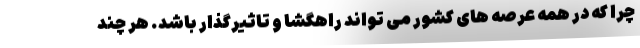
چرا که در همه عرصه های کشور می تواند راهگشا و تاثیرگذار باشد. هر چند